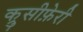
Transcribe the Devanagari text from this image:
क्रुसीफ़ेरी